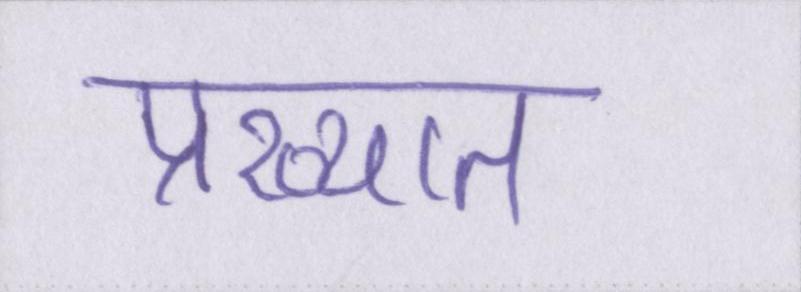
प्रख्यात